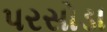
પરસોડા